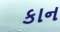
કાન